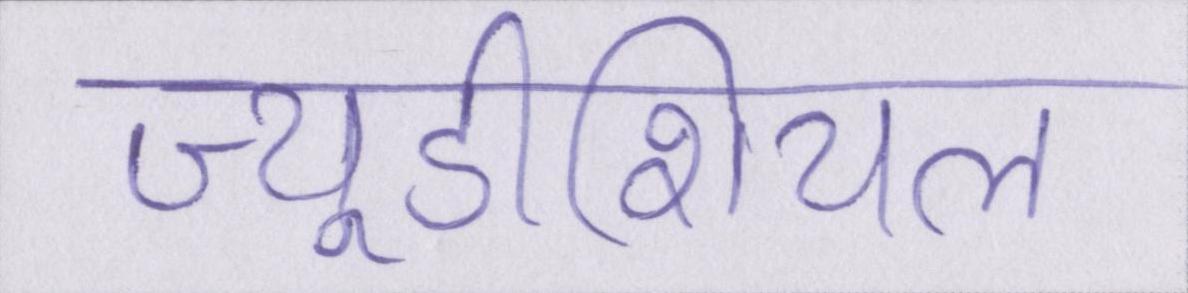
ज्यूडीशियल